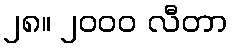
၂၈။ ၂၀၀၀ လီတာ